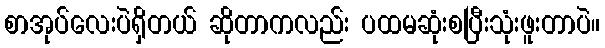
စာအုပ်လေးပဲရှိတယ် ဆိုတာကလည်း ပထမဆုံးစပြီးသုံးဖူးတာပဲ။